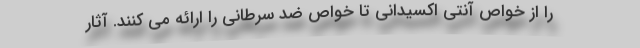
را از خواص آنتی اکسیدانی تا خواص ضد سرطانی را ارائه می کنند. آثار